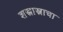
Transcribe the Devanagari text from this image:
शस्त्रास्त्राचा